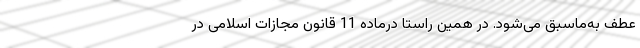
عطف به‌ماسبق می‌شود. در همین راستا درماده 11 قانون مجازات اسلامی در